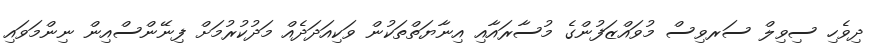
ދިވެހި ސިވިލް ސަރވިސް މުވައްޒަފުންގެ މުސާރައާއި އިނާޔަތްތަކުން ވަކިއަދަދެއް މަދުކުރުމަށް ފިނޭންސްއިން ނިންމަވައި